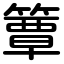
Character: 簟